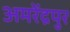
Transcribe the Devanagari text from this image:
अमरेंद्रपुर